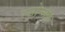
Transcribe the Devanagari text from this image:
रसोन्मेष